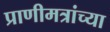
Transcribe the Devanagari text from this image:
प्राणीमत्रांच्या